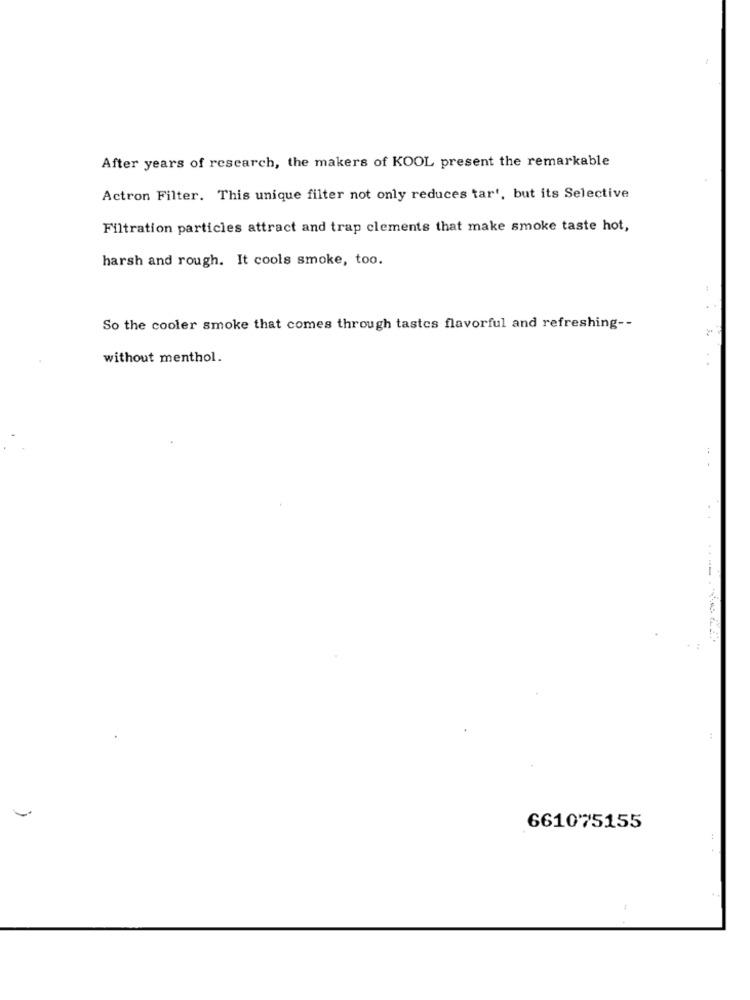
After years of research, the makers of KOOL present the remarkable
Actron Filter. This unique filter not only reduces tar', but its Selective
Filtration particles attract and trap clements that make smoke taste hot,
harsh and rough. It cools smoke, too.
So the cooler smoke that comes through tastes flavorful and refreshing --
without menthol.
-
661075155